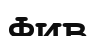
Фив